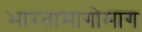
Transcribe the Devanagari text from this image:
भारतामागोमाग